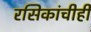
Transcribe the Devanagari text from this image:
रसिकांचीही